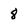
Character: 8